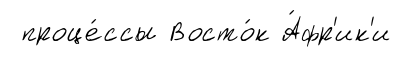
проце́ссы Восто́к А́фр'ик'и